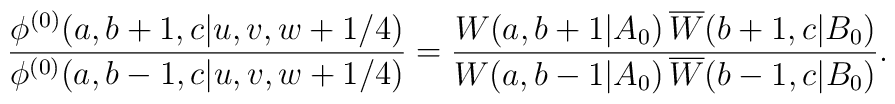
\displaystyle{\frac{\phi^{(0)}(a,b+1,c|u,v,w+1/4)}                    {\phi^{(0)}(a,b-1,c|u,v,w+1/4)}} = \displaystyle{\frac{W(a,b+1|A_{0})\,\overline{W}(b+1,c|B_{0})}                    {W(a,b-1|A_{0})\,\overline{W}(b-1,c|B_{0})}}.